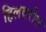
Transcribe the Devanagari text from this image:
हिलवरील